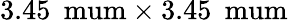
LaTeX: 3.45\: \mathrm{\ mum\times 3.45\: \mathrm{\ mum}}